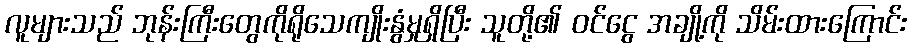
လူများသည် ဘုန်းကြီးတွေကိုရိုသေကျိုးနွံမှုရှိပြီး သူတို့၏ ဝင်ငွေ အချို့ကို သိမ်းထားကြောင်း